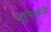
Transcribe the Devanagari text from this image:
जुहुयाद्धविः